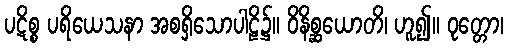
ပဋိစ္စ ပရိယေသနာ အစရှိသောပါဠိ၌။ ဝိနိစ္ဆယောတိ၊ ဟူ၍။ ဝုတ္တော၊